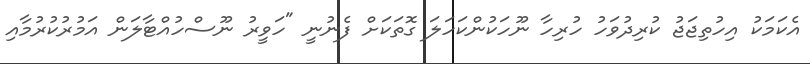
އެކަމަކު އިހުތިޖަަޖު ކުރިދުވަހު ހުރިހާ ނޫހަކުންކަހަލަ ގޮތަކަށް ފެނުނީ "ހަވީރު ނޫސްހުއްޓާލަން އަމުރުކުރުމާއި